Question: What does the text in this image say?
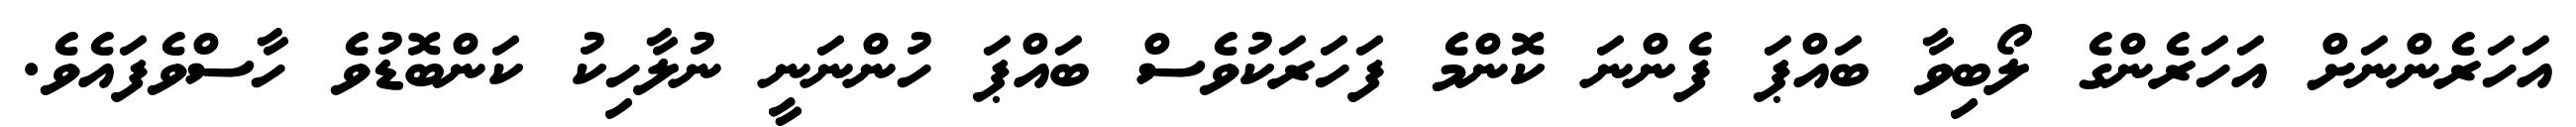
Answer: އަހަރެންނަށް އަހަރެންގެ ލޯބިވާ ބައްޕަ ފެންނަ ކޮންމެ ފަހަރަކުވެސް ބައްޕަ ހުންނަނީ ނުލާހިކު ކަންބޮޑުވެ ހާސްވެފައެވެ.